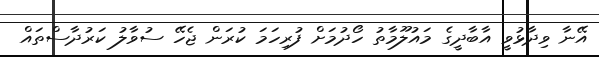
އޭނާ ވިދާޅުވީ އާބާދީގެ މައުލޫމާތު ހޯދުމަށް ފުރިހަމަ ކުރަން ޖެހޭ ސުވާލު ކަރުދާސްތައް